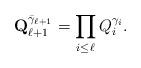
LaTeX: \begin{align*}\mathbf{Q}_{\ell +1}^{{\bar\gamma}_{\ell +1}}=\prod\limits_{i\le\ell }Q_i^{\gamma_i}.\end{align*}